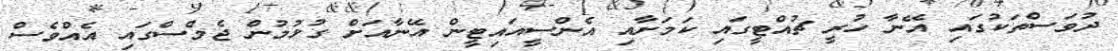
ދުވަސްތަކުގައި އޭނާ ހުރީ ޗުއްޓީގައި ކަމަށާއި އެންސީއައިޓީން އޭނާއަށް ގުޅުމުން ޖެމްސްގައި އެއްވެސް